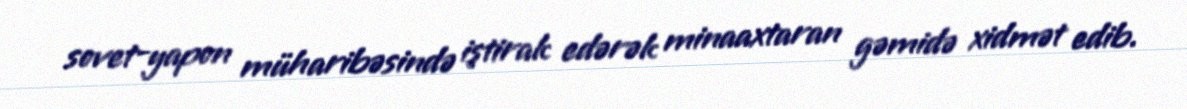
sovet-yapon müharibəsində iştirak edərək minaaxtaran gəmidə xidmət edib.